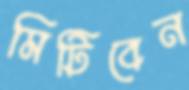
মিটিবেন